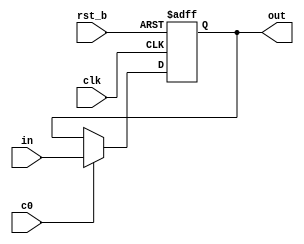
module m (
    input clk, rst_b, c0,
    input [7:0] in,
    output reg [7:0] out
);
    always @(posedge clk, negedge rst_b)
        if(!rst_b)  out <= 0;
        else if(c0) out <= in;
endmodule